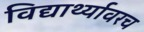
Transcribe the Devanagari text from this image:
विद्यार्थ्यावरच